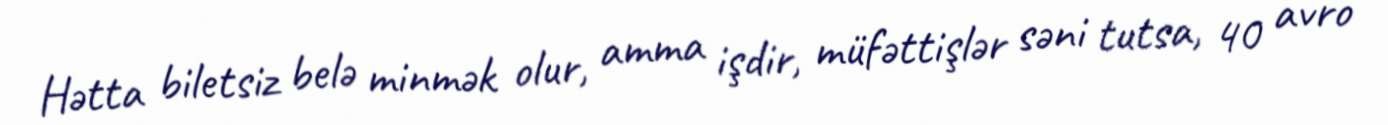
Hətta biletsiz belə minmək olur, amma işdir, müfəttişlər səni tutsa, 40 avro